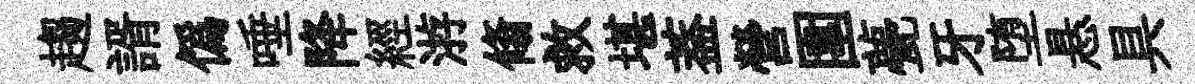
趨諝僞唾降經㳺翛救堪葢營圍甍牙堕悬具